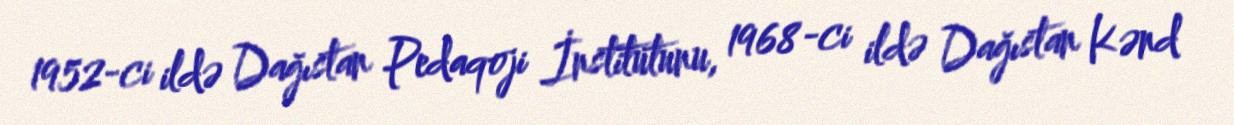
1952-ci ildə Dağıstan Pedaqoji İnstitutunu, 1968-ci ildə Dağıstan Kənd